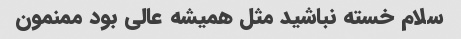
سلام خسته نباشید مثل همیشه عالی بود ممنمون